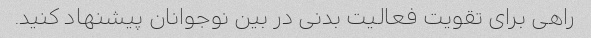
راهی برای تقویت فعالیت بدنی در بین نوجوانان پیشنهاد کنید.